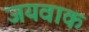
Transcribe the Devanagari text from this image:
जयवाक